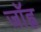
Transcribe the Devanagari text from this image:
जॉह्न